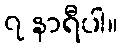
၇ နာရီပါ။